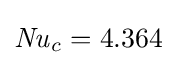
{\mathit {Nu}}_{c}=4.364